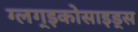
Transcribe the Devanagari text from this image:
ग्लग्इकोसाइड्स